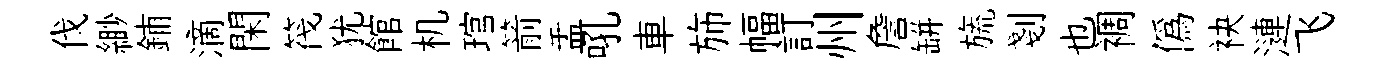
伐緲鋪滴閑筏犹館机琯箭盂吼車斾幅訂州詹缾旒剗也裯偽袂漣飞